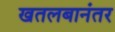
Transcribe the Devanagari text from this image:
खतलबानंतर